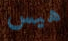
هيس